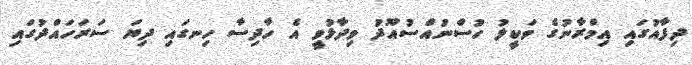
ދިފާއުގައި އިމްރާނުގެ ވަކީލު ހުސްނުއްސުއޫދު ވިދާޅުވީ އެ ހާދިސާ ހިނގައި ދިޔަ ސަރަހައްދުގައި